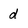
Character: d